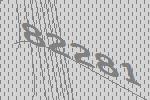
82281